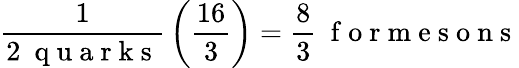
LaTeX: {\frac{1}{2\mathrm{~\ q~u~a~r~k~s~}}}\left({\frac{16}{3}}\right)=\frac 83\mathrm{~\ f~o~r~m~e~s~o~n~s~}